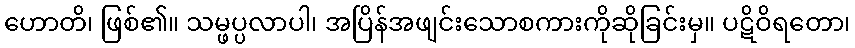
ဟောတိ၊ ဖြစ်၏။ သမ္ဖပ္ပလာပါ၊ အပြိန်အဖျင်းသောစကားကိုဆိုခြင်းမှ။ ပဋိဝိရတော၊